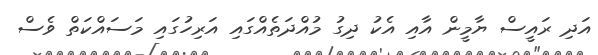
އަދި ރައީސް ޔާމީން އާއި އެކު ދިގު މުއްދަތެއްގައި އަރިހުގައި މަސައްކަތް ވެސް